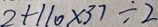
= 2 + 1 1 0 \times 3 7 \div 2